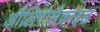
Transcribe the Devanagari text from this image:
औलिगोसैक्राइड